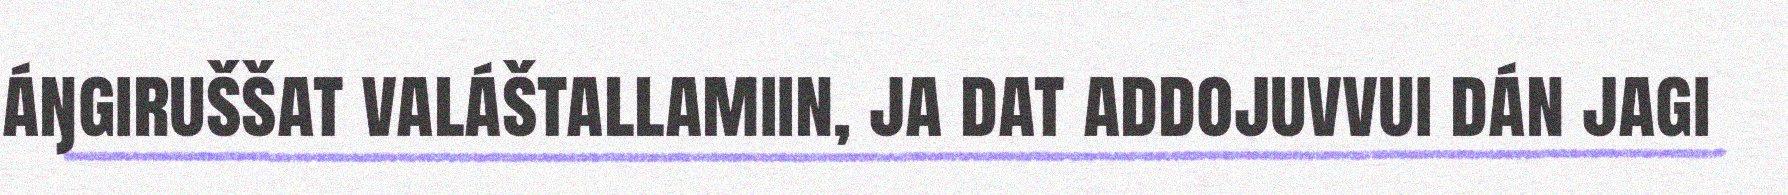
áŋgiruššat valáštallamiin, ja dat addojuvvui dán jagi